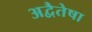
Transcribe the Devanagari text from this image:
अद्वैतेषा